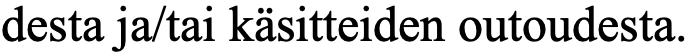
desta ja/tai käsitteiden outoudesta.